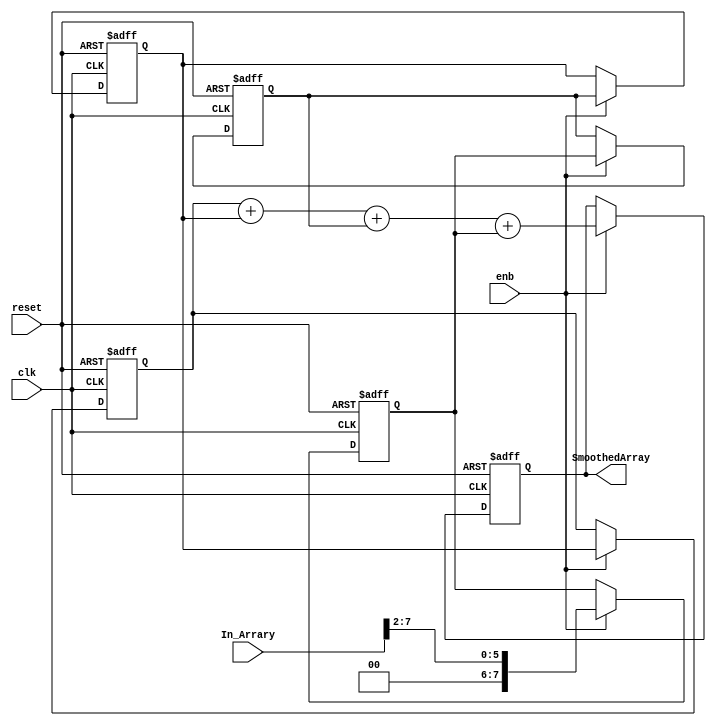
/*
Author: Thomas Greenwood and Matlab for some help before I found out how much I prefer just coding in verilog

*/
module Smoothing_Filter
          (clk,
           reset,
           enb,
           In_Arrary,
           SmoothedArray);


  input wire clk;
  input wire reset;
  input wire enb;
  input wire[7:0] In_Arrary;  // current value
  output reg [7:0] SmoothedArray;  // outputvalue

  reg [7:0] In_Arrary1; // 1 delay
  reg [7:0] In_Arrary2; // 2 delay
  reg [7:0] In_Arrary3; // 3 delay
  reg [7:0] In_Arrary4; // current val

  always @(posedge clk or posedge reset)
    begin : reduced_process
      if (reset == 1'b1) begin //reset all the values to 1
        In_Arrary1 <= 8'b00000000;
        In_Arrary2 <= 8'b00000000;
        In_Arrary3 <= 8'b00000000;
        In_Arrary4 <= 8'b00000000;
        SmoothedArray <=0;
      end
      else begin
        if (enb) begin
          In_Arrary4 <= In_Arrary3; // current value -3 units in time
          In_Arrary3 <= In_Arrary2; //current value -2 units in time
          In_Arrary2 <= In_Arrary1; //current value -1 units in time
          In_Arrary1 <= In_Arrary >> 2'b10; // current value divided by 4 to save operations this will pass it down to the above registers
          SmoothedArray <= In_Arrary4 + In_Arrary3 +In_Arrary2 + In_Arrary1; // average over 4 values
        end
      end
        
    end

endmodule  // Smoothing_Filter